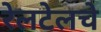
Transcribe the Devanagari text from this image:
रेलटेलचे